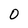
Character: 0